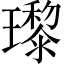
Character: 瓈